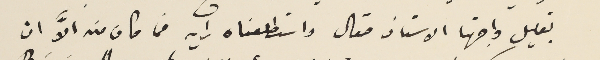
بقليل واجهنا الاستاذ صقال واستطلعناه رايه فما كان منه الاَّ ان